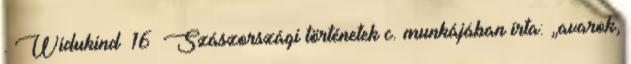
. Widukind 16 Szászországi történetek c. munkájában írta: „avarok,